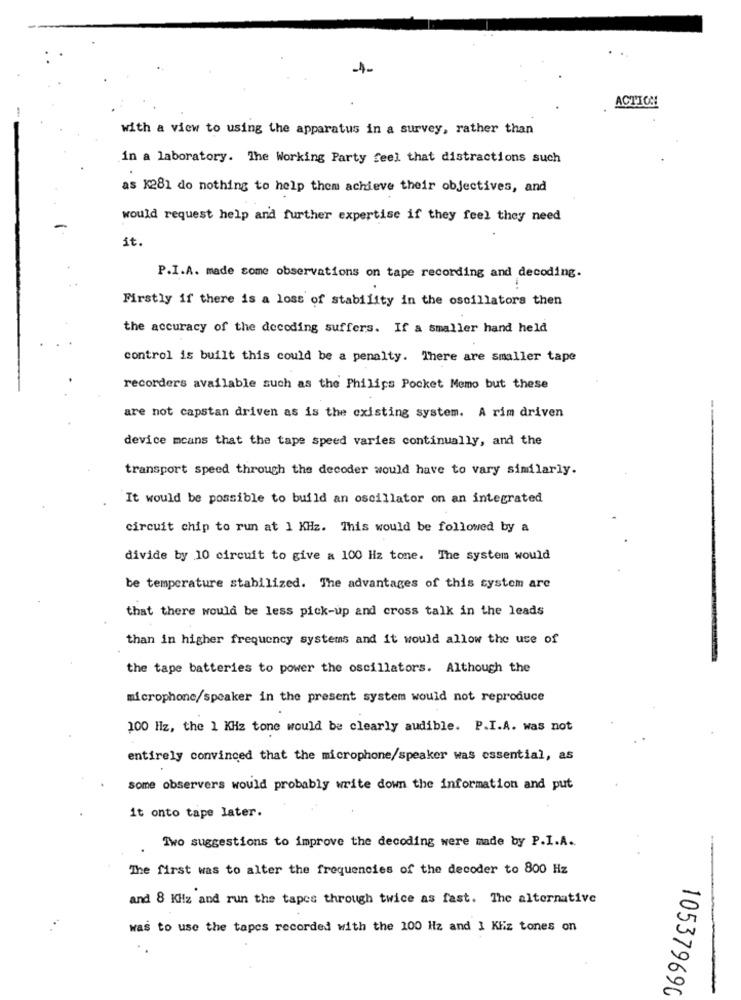
-1-
ACTION
with a view to using the apparatus in a survey, rather than
in a laboratory. The Working Party feel that distractions such
as K281 do nothing to help them achieve their objectives, and
would request help and further expertise if they feel they need
it.
P.I.A. made some observations on tape recording and decoding.
Firstly if there is a loss of stability in the oscillators then
the accuracy of the decoding suffers. If a smaller hand held
control is built this could be a penalty. There are smaller tape
recorders available such as the Philips Pocket Memo but these
are not capstan driven as is the existing system. A rim driven
device means that the tape speed varies continually, and the
transport speed through the decoder would have to vary similarly.
It would be possible to build an oscillator on an integrated
circuit chip to run at 1 KHz. This would be followed by a
divide by 10 circuit to give a 100 Hz tone. The system would
be temperature stabilized. The advantages of this system are
that there would be less pick-up and cross talk in the leads
than in higher frequency systems and it would allow the use of
the tape batteries to power the oscillators. Although the
microphone/speaker in the present system would not reproduce
100 Hz, the 1 KHz tone would be clearly audible. P.I.A. was not
entirely convinced that the microphone/speaker was essential, as
some observers would probably write down the information and put
it onto tape later.
Two suggestions to improve the decoding were made by P.I.A.
The first was to alter the frequencies of the decoder to 800 Hz
and 8 KHz and run the tapes through twice as fast. The alternative
was to use the tapes recorded with the 100 Hz and I Kliz tones on
105379690